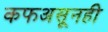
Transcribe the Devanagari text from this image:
कफअसूनही